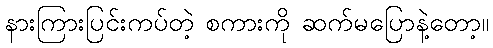
နားကြားပြင်းကပ်တဲ့ စကားကို ဆက်မပြောနဲ့တော့။